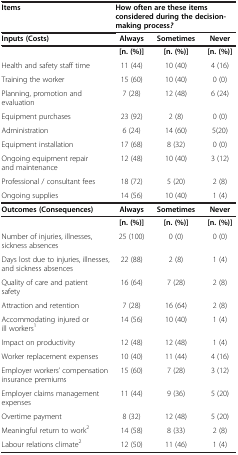
<table><thead><tr><td><b>Items</b></td><td colspan="3"><b>How often are these items considered during the decision-making process<i>?</i></b></td></tr></thead><tbody><tr><td><b>Inputs (Costs)</b></td><td><b>Always</b></td><td><b>Sometimes</b></td><td><b>Never</b></td></tr><tr><td> </td><td><b>[n. (%)]</b></td><td><b>[n. (%)]</b></td><td><b>[n. (%)]</b></td></tr><tr><td>Health and safety staff time</td><td>11 (44)</td><td>10 (40)</td><td>4 (16)</td></tr><tr><td>Training the worker</td><td>15 (60)</td><td>10 (40)</td><td>0 (0)</td></tr><tr><td>Planning, promotion and evaluation</td><td>7 (28)</td><td>12 (48)</td><td>6 (24)</td></tr><tr><td>Equipment purchases</td><td>23 (92)</td><td>2 (8)</td><td>0 (0)</td></tr><tr><td>Administration</td><td>6 (24)</td><td>14 (60)</td><td>5(20)</td></tr><tr><td>Equipment installation</td><td>17 (68)</td><td>8 (32)</td><td>0 (0)</td></tr><tr><td>Ongoing equipment repair and maintenance</td><td>12 (48)</td><td>10 (40)</td><td>3 (12)</td></tr><tr><td>Professional / consultant fees</td><td>18 (72)</td><td>5 (20)</td><td>2 (8)</td></tr><tr><td>Ongoing supplies</td><td>14 (56)</td><td>10 (40)</td><td>1 (4)</td></tr><tr><td><b>Outcomes (Consequences)</b></td><td><b>Always</b></td><td><b>Sometimes</b></td><td><b>Never</b></td></tr><tr><td> </td><td><b>[n. (%)]</b></td><td><b>[n. (%)]</b></td><td><b>[n. (%)]</b></td></tr><tr><td>Number of injuries, illnesses, sickness absences</td><td>25 (100)</td><td>0 (0)</td><td>0 (0)</td></tr><tr><td>Days lost due to injuries, illnesses, and sickness absences</td><td>22 (88)</td><td>2 (8)</td><td>1 (4)</td></tr><tr><td>Quality of care and patient safety</td><td>16 (64)</td><td>7 (28)</td><td>2 (8)</td></tr><tr><td>Attraction and retention</td><td>7 (28)</td><td>16 (64)</td><td>2 (8)</td></tr><tr><td>Accommodating injured or ill workers<sup>1</sup></td><td>14 (56)</td><td>10 (40)</td><td>1 (4)</td></tr><tr><td>Impact on productivity</td><td>12 (48)</td><td>12 (48)</td><td>1 (4)</td></tr><tr><td>Worker replacement expenses</td><td>10 (40)</td><td>11 (44)</td><td>4 (16)</td></tr><tr><td>Employer workers’ compensation insurance premiums</td><td>15 (60)</td><td>7 (28)</td><td>3 (12)</td></tr><tr><td>Employer claims management expenses</td><td>11 (44)</td><td>9 (36)</td><td>5 (20)</td></tr><tr><td>Overtime payment</td><td>8 (32)</td><td>12 (48)</td><td>5 (20)</td></tr><tr><td>Meaningful return to work<sup>2</sup></td><td>14 (58)</td><td>8 (33)</td><td>2 (8)</td></tr><tr><td>Labour relations climate<sup>2</sup></td><td>12 (50)</td><td>11 (46)</td><td>1 (4)</td></tr></tbody></table>